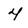
Character: 4